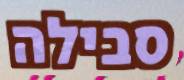
סבילה